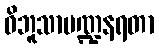
ဝိဘူသာမဏ္ဍနရတာ